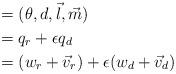
LaTeX: \begin{align*}\begin{alignedat}{4} &= (\theta,d,\vec{l},\vec{m}) \\ &= q_r + \epsilon q_d \\&= (w_r+\vec{v}_r) + \epsilon(w_d + \vec{v}_d) \end{alignedat}\end{align*}